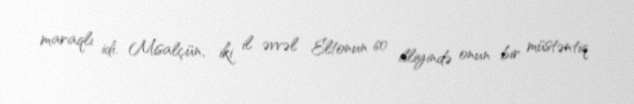
maraqlı idi. Misalçün, iki il əvvəl Eltonun 60 illiyində onun bir müstəntiq